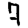
Digit: 7